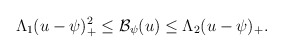
\begin{align*} \begin{aligned} \Lambda_1 (u-\psi)_+^{2}\leq \mathcal{B}_{\psi}(u) \leq \Lambda_2(u-\psi)_+. \end{aligned} \end{align*}